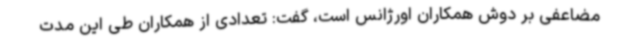
مضاعفی بر دوش همکاران اورژانس است، گفت: تعدادی از همکاران طی این مدت